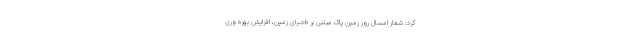
کرد: شعار امسال روز زمین پاک مبتنی بر «احیای زمین، افزایش بهره وری